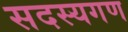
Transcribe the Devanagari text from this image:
सदस्‍यगण